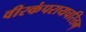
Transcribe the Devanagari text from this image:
वीरकंपरायचरितम्